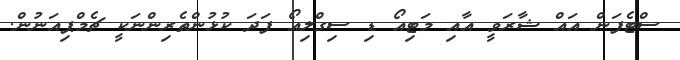
ސްޓެފަން އައް ޝާރަވީ އާއި މަޓިއޯ ޑި ސިގްލިއޯ ފަދަ ކުޅުންތެރިންނަކީ ޗެމްޕިއަނުން.